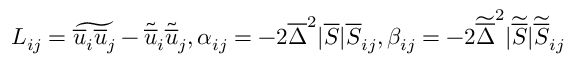
L _ { i j } = \widetilde { \overline { { u } } _ { i } \overline { { u } } _ { j } } - \widetilde { \overline { { u } } } _ { i } \widetilde { \overline { { u } } } _ { j } , \alpha _ { i j } = - 2 \overline { { \Delta } } ^ { 2 } | \overline { { S } } | \overline { { S } } _ { i j } , \beta _ { i j } = - 2 \widetilde { \overline { { \Delta } } } ^ { 2 } | \widetilde { \overline { { S } } } | \widetilde { \overline { { S } } } _ { i j }